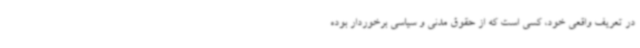
در تعریف واقعی خود، کسی است که از حقوق مدنی و سیاسی برخوردار بوده